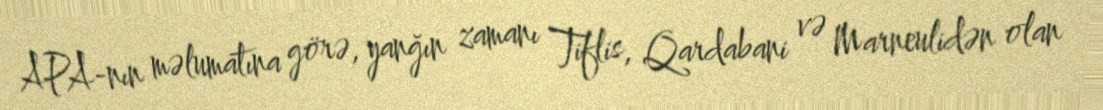
APA-nın məlumatına görə, yanğın zamanı Tiflis, Qardabani və Marneulidən olan